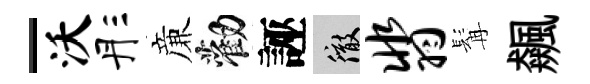
-沃彤亷勸誣徹翡髯飆